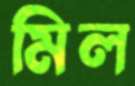
মিল